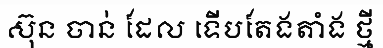
ស៊ុន ចាន់ ដែល ទើបតែងតាំង ថ្មី